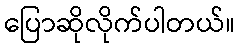
ပြောဆိုလိုက်ပါတယ်။